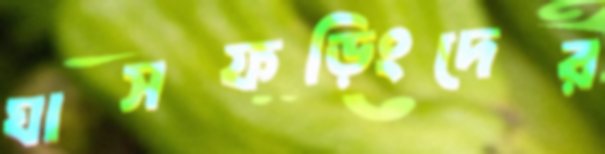
ঘাসফড়িংদের